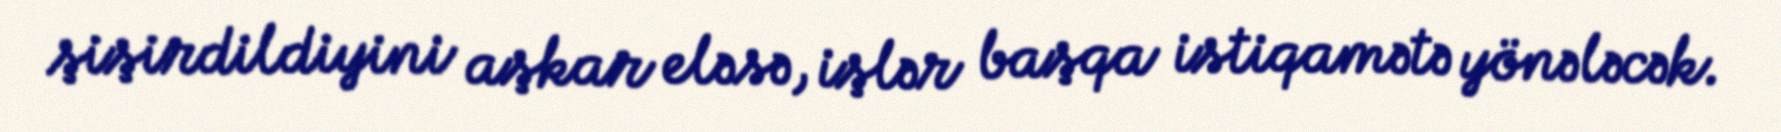
şişirdildiyini aşkar eləsə, işlər başqa istiqamətə yönələcək.